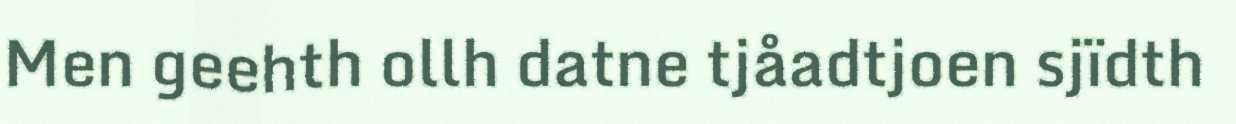
Men geehth ollh datne tjåadtjoen sjïdth